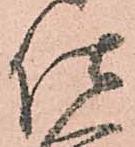
仕